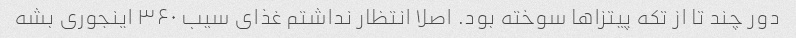
دور چند تا از تکه پیتزاها سوخته بود. اصلا انتظار نداشتم غذای سیب ۳۶۰ اینجوری بشه